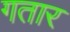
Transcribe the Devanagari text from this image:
गतार